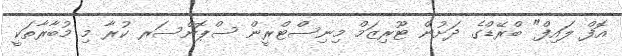
އޮފް ލައިފް" ބްރޭޑްގެ ދަށުން ޓޫރިޒަމް މިނިސްޓްރީން ސްޕޮންސަރ ކުރާ މި މުބާރާތަކީ